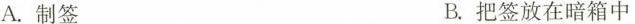
A.制签 B.把签放在暗箱中